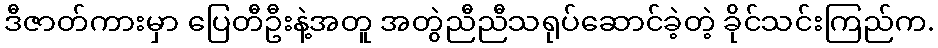
ဒီဇာတ်ကားမှာ ပြေတီဦးနဲ့အတူ အတွဲညီညီသရုပ်ဆောင်ခဲ့တဲ့ ခိုင်သင်းကြည်က.